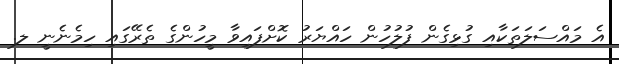
އެ މައްސަލަތަކާއި ގުޅިގެން ފުލުހުން ހައްޔަރު ކޮށްފައިވާ މީހުންގެ ތެރޭގައި ހިމެނެނީ ލ.